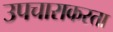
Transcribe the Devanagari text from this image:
उपचाराकरता